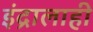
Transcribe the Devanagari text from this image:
इंद्रालाही